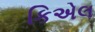
કિએલ